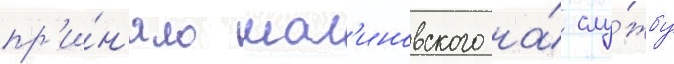
пр'и́н'яло мал'иновского на́ слу́жбу